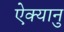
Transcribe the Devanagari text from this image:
ऐक्यानु